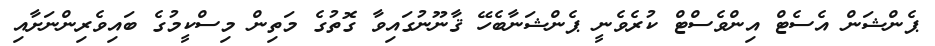
ޕެންޝަން އެސެޓް އިންވެސްޓް ކުރެވެނީ ޕެންޝަނާބެހޭ ޤާނޫނުގައިވާ ގޮތުގެ މަތިން މިސްކީމުގެ ބައިވެރިންނަށާއި